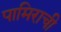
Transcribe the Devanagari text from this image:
पामिराची